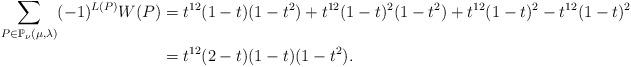
LaTeX: \begin{align*}\sum_{P \in \mathbb{P}_{\nu}(\mu,\lambda)} (-1)^{L(P)} W(P) &= t^{12}(1-t)(1-t^2)+t^{12}(1-t)^2(1-t^2)+t^{12}(1-t)^2-t^{12}(1-t)^2\\&=t^{12}(2-t)(1-t)(1-t^2).\end{align*}